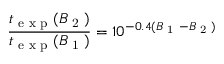
\frac { t _ { \textrm { e x p } } ( B _ { \textrm { 2 } } ) } { t _ { \textrm { e x p } } ( B _ { \textrm { 1 } } ) } = 1 0 ^ { - 0 . 4 ( B _ { \textrm { 1 } } - B _ { \textrm { 2 } } ) }